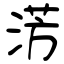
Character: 淓